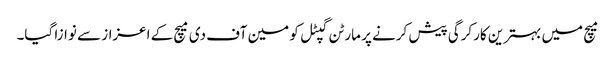
میچ میں بہترین کارکرگی پیش کرنے پر مارٹن گپٹل کو مین آف دی میچ کے اعزاز سے نوازا گیا۔